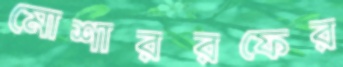
মোশাররফের